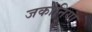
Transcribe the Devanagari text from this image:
जकोनिया